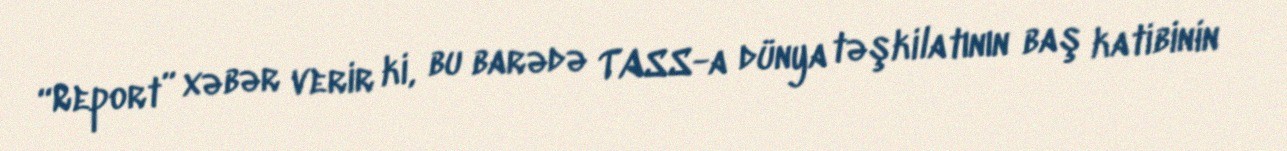
“Report” xəbər verir ki, bu barədə TASS-a dünya təşkilatının baş katibinin